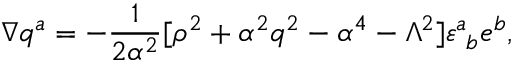
\nabla q ^ { a } = - { \frac { 1 } { 2 { \alpha } ^ { 2 } } } [ \rho ^ { 2 } + \alpha ^ { 2 } q ^ { 2 } - \alpha ^ { 4 } - \Lambda ^ { 2 } ] \varepsilon _ { \ b } ^ { a } e ^ { b } ,